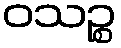
ဝသဉ္စ